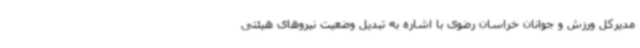
مدیرکل ورزش و جوانان خراسان رضوی با اشاره به تبدیل وضعیت نیروهای هیئتی